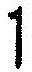
1